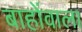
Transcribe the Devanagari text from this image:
बाहोंवाला